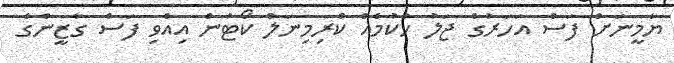
ޔާމީނަށް ފަސް އަހަރުގެ ޖަލު ހުކުމެއް ކްރިމިނަލް ކޯޓުން އިއްވި ފަސް ގާޒީންގެ